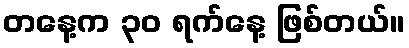
တနေ့က ၃၀ ရက်နေ့ ဖြစ်တယ်။